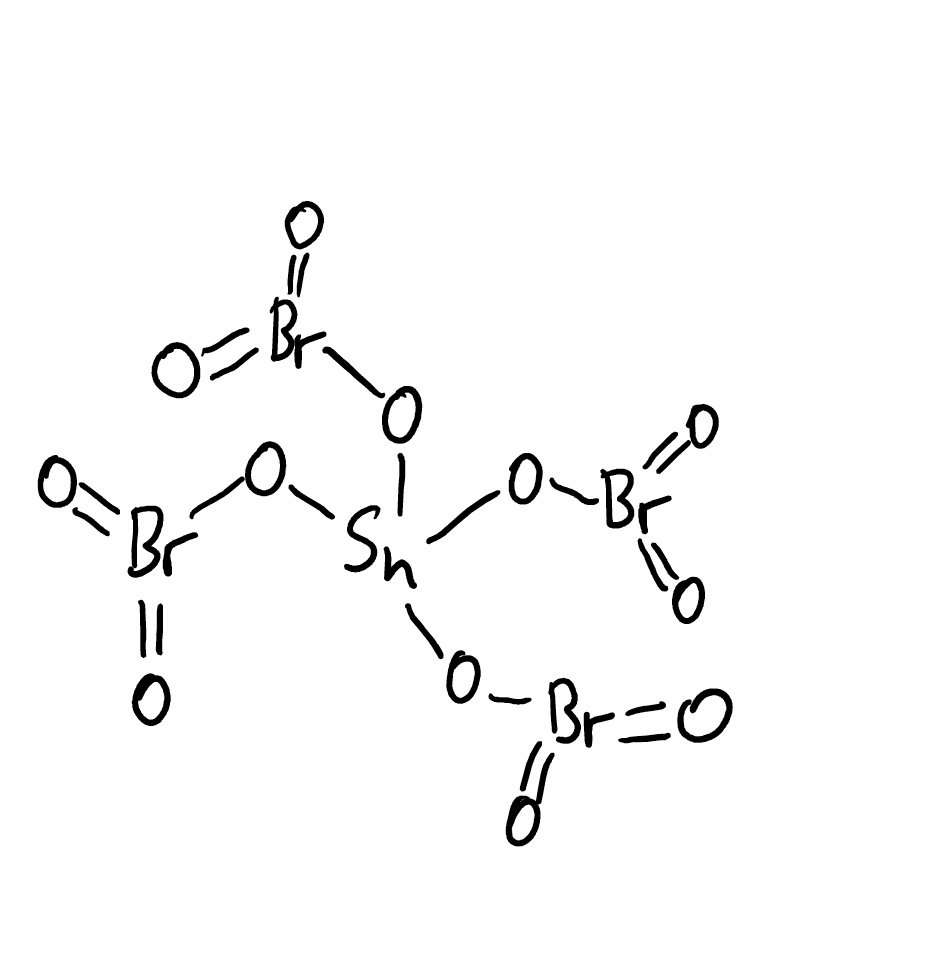
Simplified molecular-input line-entry system (SMILES) notation of the given molecule:
O=Br(=O)O[Sn](OBr(=O)=O)(OBr(=O)=O)OBr(=O)=O